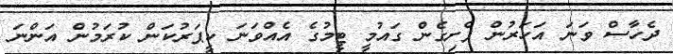
ދެހާސް ވަނަ އަހަރުން ފެށިގެން ގައުމީ ޓީމުގެ އެއްވަނަ ކީޕަރުކަން ކުރަމުން އަންނަ